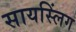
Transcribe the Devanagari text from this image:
सायस्लिंग